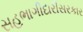
સહભાગીદારીસરકાર